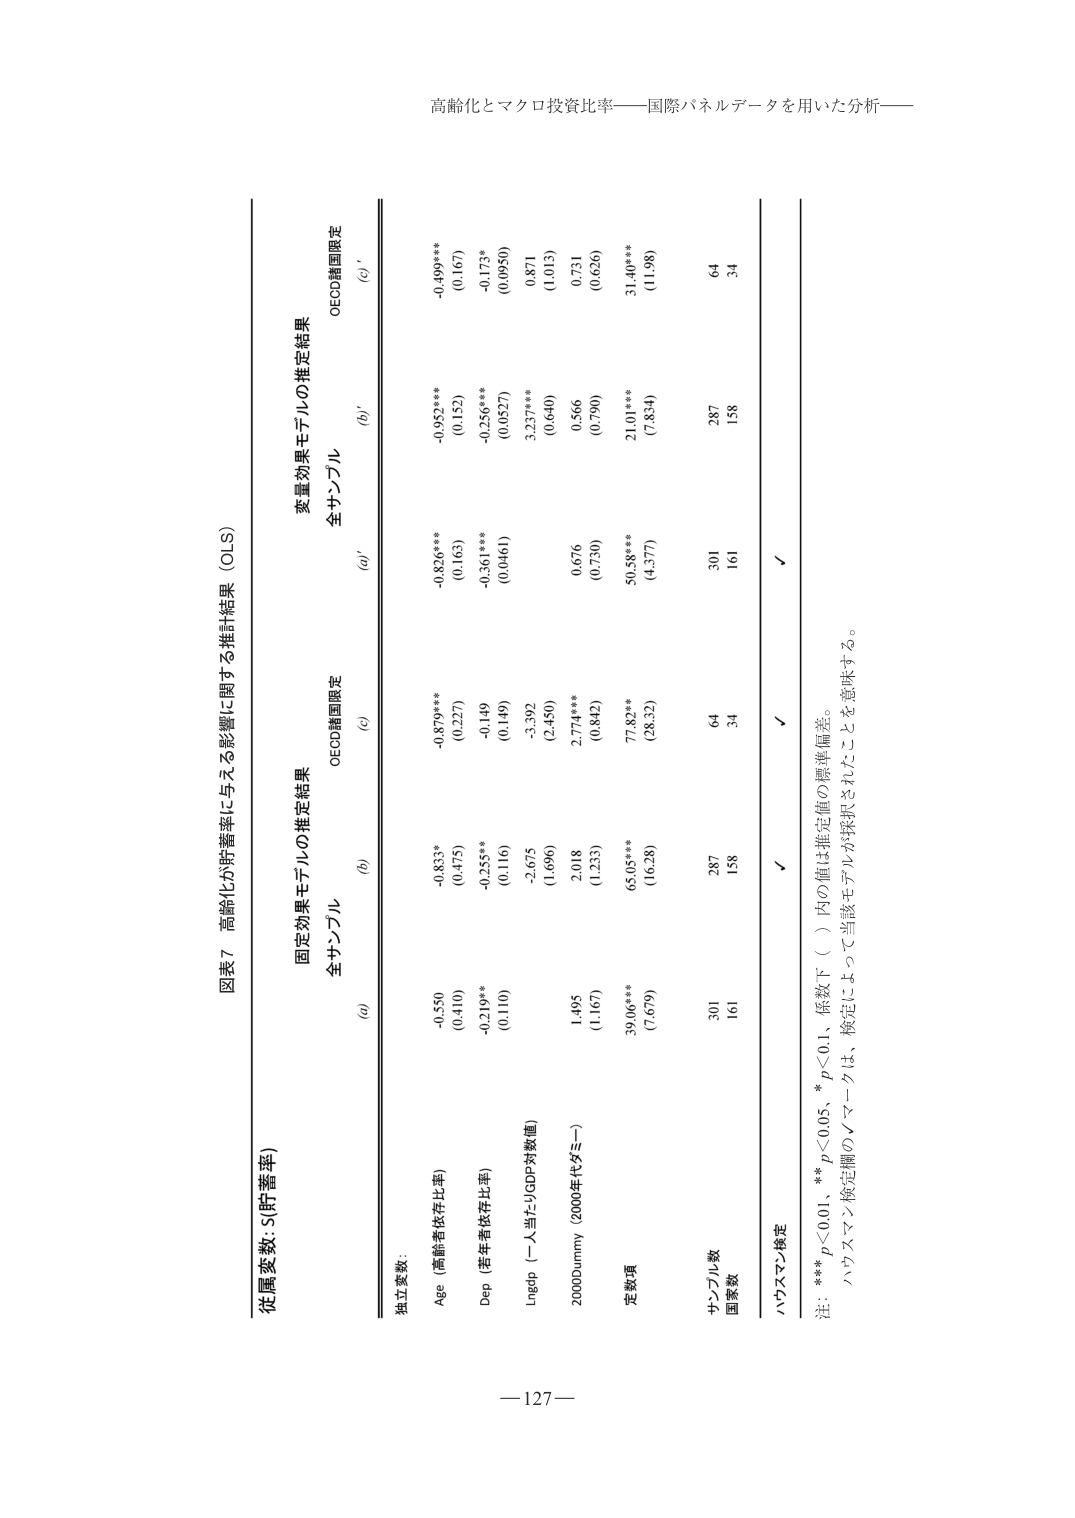
高齢化とマクロ投資比率――国際パネルデータを用いた分析――

図表7 高齢化が貯蓄率に与える影響に関する推計結果（OLS）

従属変数: S(貯蓄率)

固定効果モデルの推定結果
変量効果モデルの推定結果

全サンプル
全サンプル
OECD諸国限定
OECD諸国限定

(a)
(b)
(c)
(a)'
(b)'
(c)'

独立変数:

Age（高齢者依存比率）
-0.550
-0.833*
-0.879***
-0.826***
-0.952***
-0.499***
(0.410)
(0.475)
(0.227)
(0.163)
(0.152)
(0.167)

Dep（老年者依存比率）
-0.219**
-0.255**
-0.149
-0.361***
-0.256***
-0.173*
(0.110)
(0.116)
(0.149)
(0.0461)
(0.0527)
(0.0950)

Lngdp（一人当たりGDP対数値）
-2.675
-3.392
3.237***
0.871
(1.696)
(2.450)
(0.640)
(1.013)

2000Dummy（2000年代ダミー）
1.495
2.018
2.774***
0.676
0.566
0.731
(1.167)
(1.233)
(0.842)
(0.730)
(0.790)
(0.626)

定数項
39.06***
65.05***
77.82***
50.58***
21.01***
31.40***
(7.679)
(16.28)
(28.32)
(4.377)
(7.834)
(11.98)

サンプル数
301
287
64
301
287
64

国家数
161
158
34
161
158
34

ハウスマン検定
√
√
√

注: *** p<0.01、** p<0.05、* p<0.1、原数下（ ）内の値は推定値の標準偏差。
ハウスマン検定欄の√マークは、検定によって当該モデルが採択されたことを意味する。

－127－